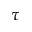
\tau